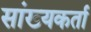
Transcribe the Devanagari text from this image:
सांख्यकर्ता